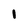
Character: 1